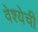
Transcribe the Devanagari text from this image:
वेश्येची